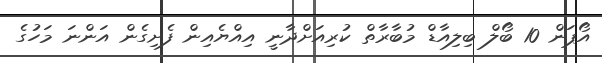
އޯޕަން 10 ބޯލް ބިލިއާޑް މުބާރާތް ކުރިއަށްދާނީ އިއްޔެއިން ފެށިގެން އަންނަ މަހުގެ